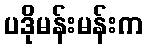
ပဒိုမန်းမန်းက